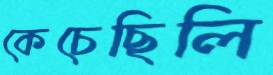
কেচেছিলি